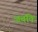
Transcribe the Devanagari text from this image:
जबकि